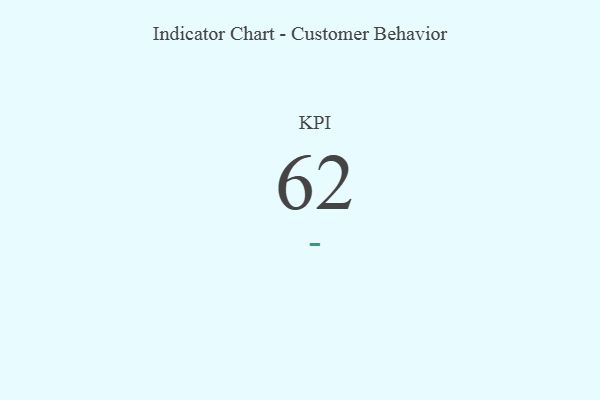
{"axis": {"x": "KPI", "y": "Value"}, "legend": [""], "data": [{"x": "KPI", "y": 62, "type": ""}]}